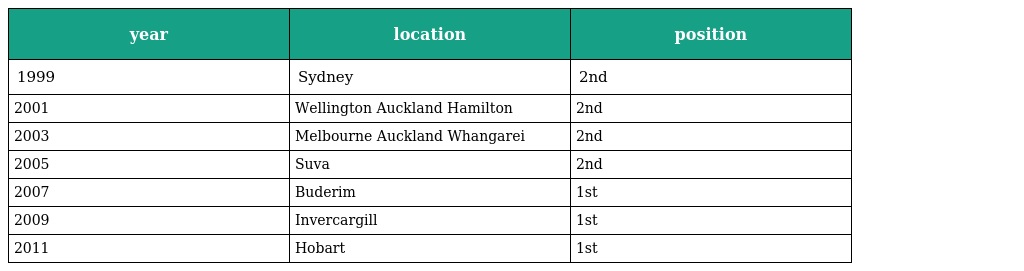
| year | location | position |
 | --- | --- | --- |
 | 1999 | Sydney | 2nd |
 | 2001 | Wellington Auckland Hamilton | 2nd |
 | 2003 | Melbourne Auckland Whangarei | 2nd |
 | 2005 | Suva | 2nd |
 | 2007 | Buderim | 1st |
 | 2009 | Invercargill | 1st |
 | 2011 | Hobart | 1st |